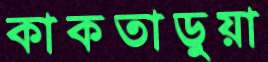
কাকতাড়ুয়া